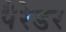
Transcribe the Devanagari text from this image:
पैरेडर